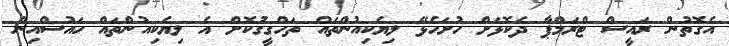
އެގޮތުން ރައީސް ޓްރަމްޕާ ދެކޮޅަށް ހުށަހެޅޭ ލިޔެކިއުންތައް ތަހްގީގުކޮށް އެ ލިޔެކިއުންތައް ހައުސްއިން